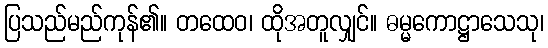
ပြသည်မည်ကုန်၏။ တထေဝ၊ ထိုအတူလျှင်။ ဓမ္မကောဋ္ဌာသေသု၊